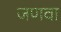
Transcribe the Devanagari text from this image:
जणवा